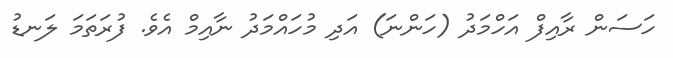
ހަސަން ރާއިފް އަހްމަދު (ހަންނަ) އަދި މުހައްމަދު ނާއިމް އެވެ. ފުރަތަމަ ލަނޑު